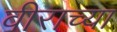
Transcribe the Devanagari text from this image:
वीराच्या